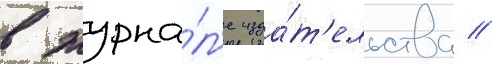
в журна́л'е изда́т'ельства //